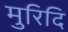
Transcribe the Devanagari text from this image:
मुरिदि